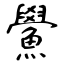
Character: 鱟